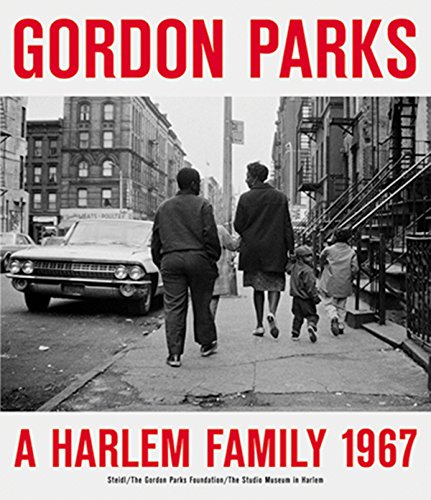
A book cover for Gordon Parks: A Harlem Family; Arts & Photography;